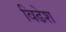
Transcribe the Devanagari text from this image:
विढेश